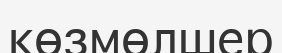
көзмөлшер